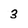
Character: 3